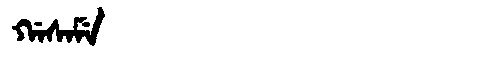
Manchu: ᡤᠠᠰᠠᠮᡝ
Romanization: GASAME